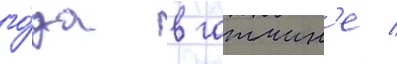
го́да в гатчин'е /